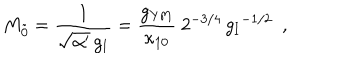
M _ { \tilde { 0 } } = \frac { 1 } { \sqrt { \alpha ^ { \prime } } \, g _ { \mathrm { I } } } = \frac { g _ { \mathrm { Y M } } } { \kappa _ { 1 0 } } ~ { 2 ^ { - 3 / 4 } \, { g _ { \mathrm { I } } } ^ { - 1 / 2 } } ~ ~ ,